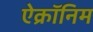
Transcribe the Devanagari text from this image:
ऐक्रॉनिम